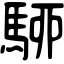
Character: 駵